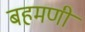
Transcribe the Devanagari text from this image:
बहमणी